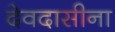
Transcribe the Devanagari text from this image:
देवदासीना